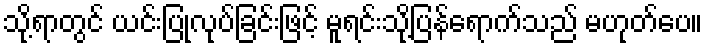
သို့ရာတွင် ယင်းပြုလုပ်ခြင်းဖြင့် မူရင်းသို့ပြန်ရောက်သည် မဟုတ်ပေ။